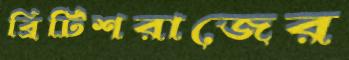
ব্রিটিশরাজের